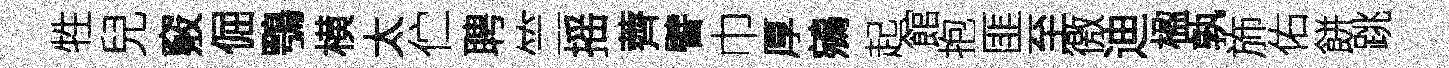
牲兒竅倔鶚横太伫聘竺摇薺譬巾厚鵷起館抱匪至徼迪楹孰斾佑餅跳